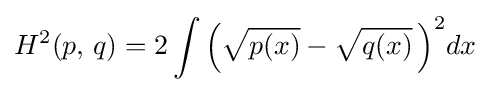
H^{2}(p,\,q)=2\int {\Big (}{\sqrt {p(x)}}-{\sqrt {q(x)}}\,{\Big )}^{2}dx